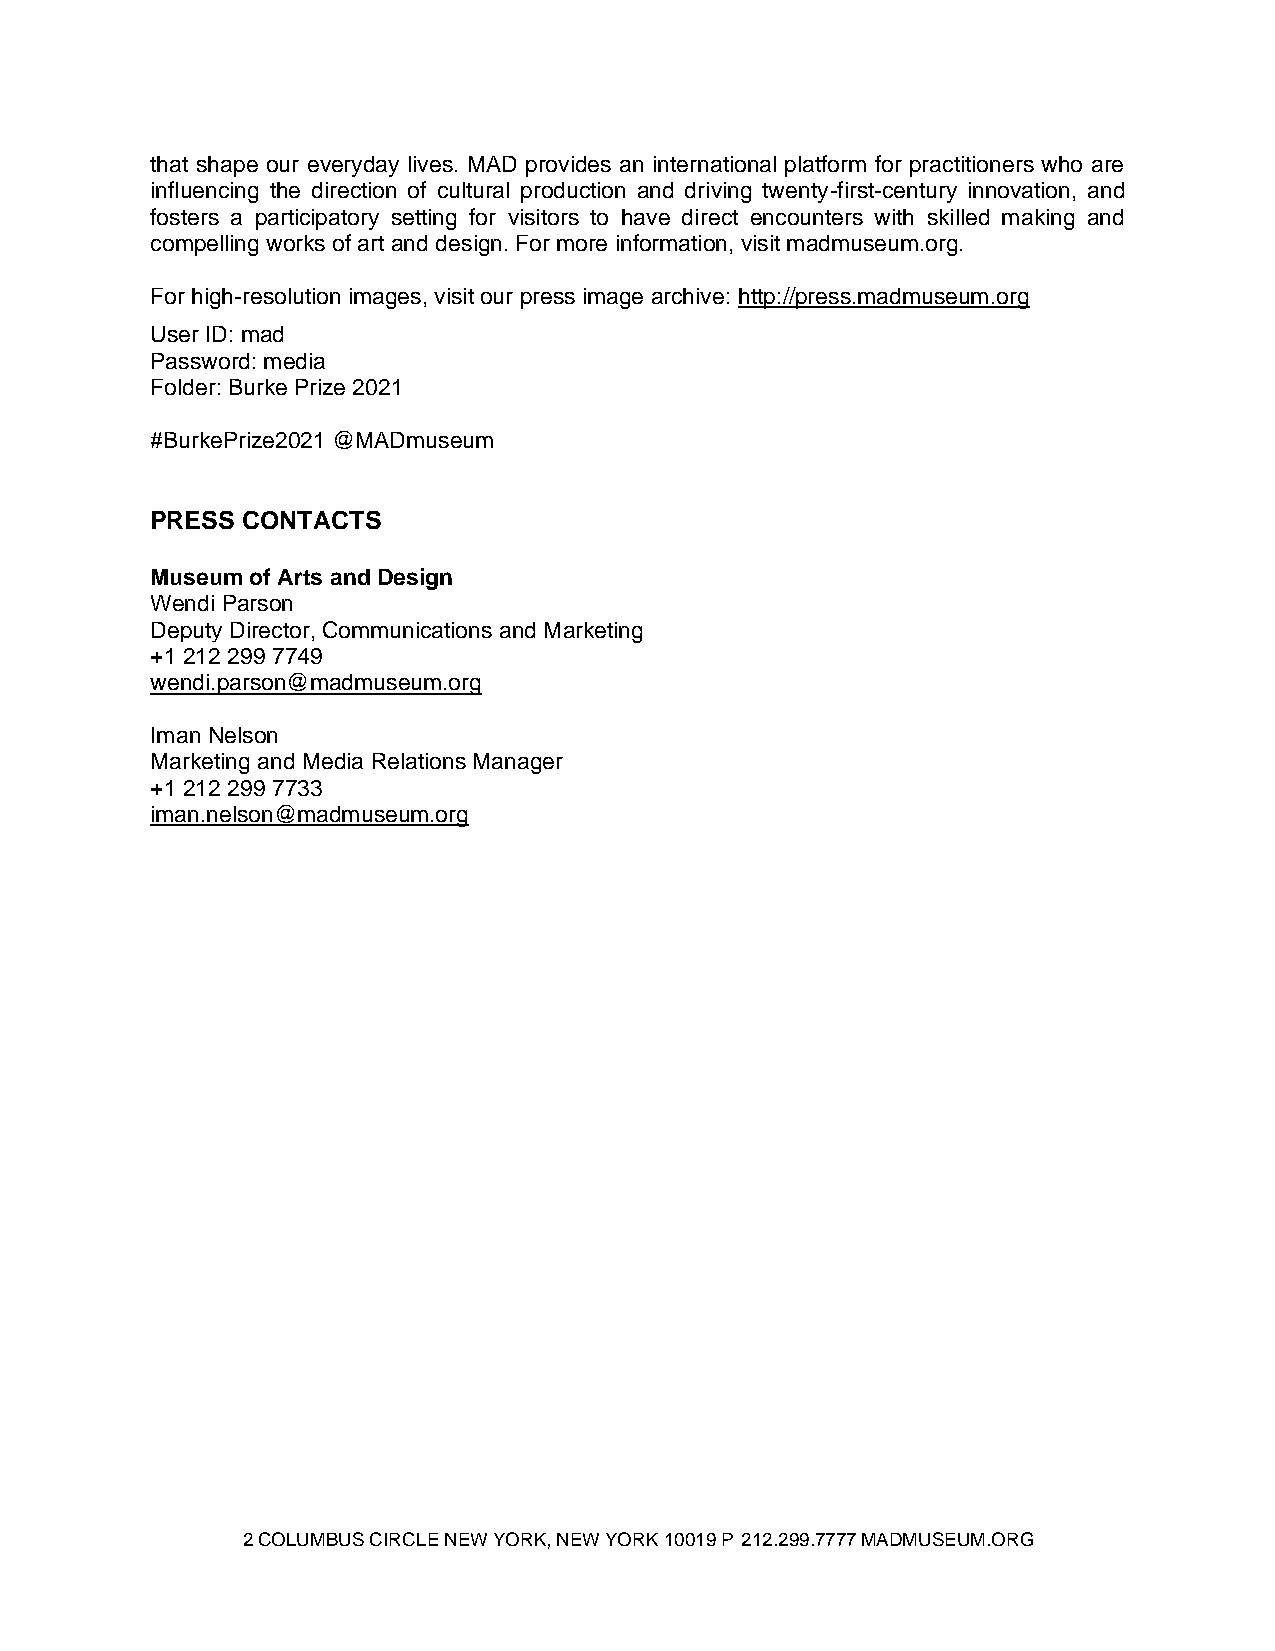
that shape our everyday lives. MAD provides an international platform for practitioners who are
 influencing the direction of cultural production and driving twenty-first-century innovation, and
 fosters a participatory setting for visitors to have direct encounters with skilled making and
 compelling works of art and design. For more information, visit madmuseum.org.
 For high-resolution images, visit our press image archive: http://press.madmuseum.org
 User ID: mad
 Password: media
 Folder: Burke Prize 2021
 #BurkePrize2021 @MADmuseum
 PRESS CONTACTS
 Museum of Arts and Design
 Wendi Parson
 Deputy Director, Communications and Marketing
 +1 212 299 7749
 wendi.parson@madmuseum.org
 Iman Nelson
 Marketing and Media Relations Manager
 +1 212 299 7733
 iman.nelson@madmuseum.org
 2 COLUMBUS CIRCLE NEW YORK, NEW YORK 10019 P 212.299.7777 MADMUSEUM.ORG